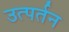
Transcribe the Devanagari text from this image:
उत्पर्तन